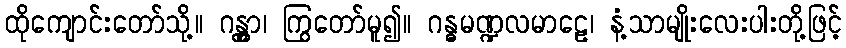
ထိုကျောင်းတော်သို့။ ဂန္တွာ၊ ကြွတော်မူ၍။ ဂန္ဓမဏ္ဍလမာဠေ၊ နံ့သာမျိုးလေးပါးတို့ဖြင့်